Mental hospitals Bombay report 1929-33 - 1929-1933
Year: 1929
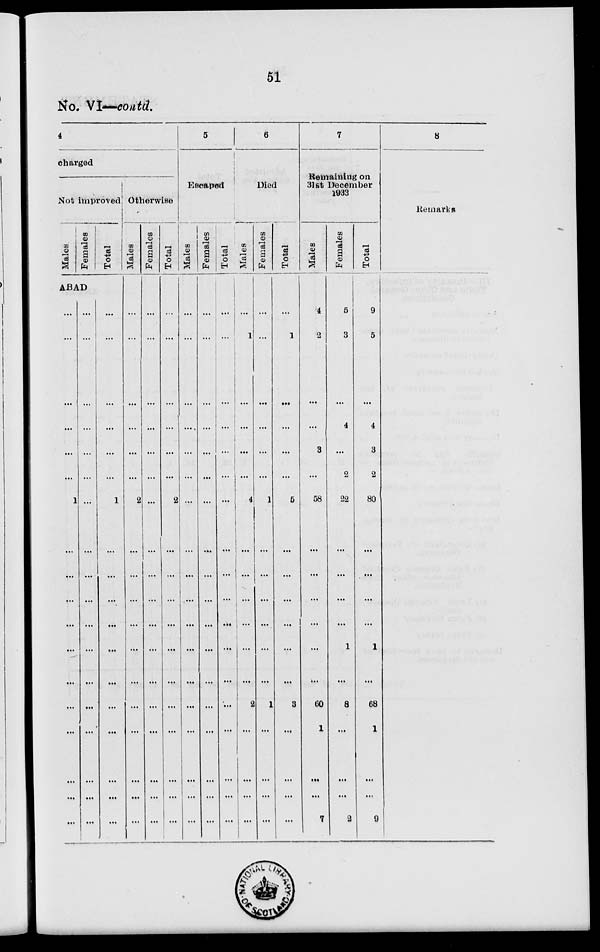
51
No. VI—contd.
4
charged
Not improved.
Males
Females
ABAD
...
...
...
...
...
...
1
...
...
...
...
...
...
...
...
...
...
...
...
...
...
...
...
...
...
...
...
...
...
...
...
...
...
...
...
...
Total
...
...
...
...
...
...
1
...
...
...
...
...
...
...
...
...
...
...
Otherwise
Males
...
...
...
...
...
...
2
...
...
...
...
...
...
...
...
...
...
...
Females
...
...
...
...
...
...
...
...
...
...
...
...
...
...
...
...
...
...
Total
...
...
...
...
...
...
2
...
...
...
...
...
...
...
...
...
...
...
5
Escaped
Males
...
...
...
...
...
...
...
...
...
...
...
...
...
...
...
...
...
...
Females
...
...
...
...
...
...
...
...
...
...
...
...
...
...
...
...
...
...
Total
...
...
...
...
...
...
...
...
...
...
...
...
...
...
...
...
...
...
6
Died
Males
...
1
...
...
...
...
4
...
...
...
...
...
...
2
...
...
...
...
Females
...
...
...
...
...
...
1
...
...
...
...
...
...
1
...
...
...
...
Total
...
1
...
...
...
...
5
...
...
...
...
...
...
3
...
...
...
...
7
Remaining on
31st December
1933
Males
4
2
...
...
3
...
58
...
...
...
...
...
...
60
1
...
...
7
Females
5
3
...
4
...
2
22
...
...
...
...
1
...
8
...
...
...
2
Total
9
5
...
4
3
2
80
...
...
...
...
1
...
68
1
...
...
9
8
Remarks